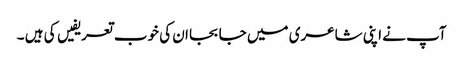
آپ نے اپنی شاعری میں جا بجا ان کی خوب تعریفیں کی ہیں ۔